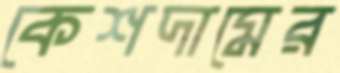
কেশদামের